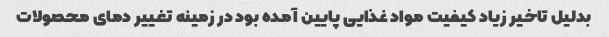
بدلیل تاخیر زیاد کیفیت مواد غذایی پایین آمده بود در زمینه تغییر دمای محصولات